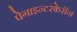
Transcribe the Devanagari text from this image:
पेगाइन्टरफेरॉन